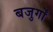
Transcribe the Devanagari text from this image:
बजुर्गों